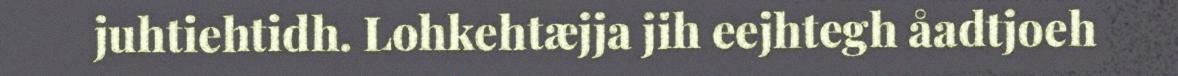
juhtiehtidh. Lohkehtæjja jih eejhtegh åadtjoeh